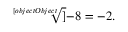
{ \sqrt [ [object Object] ] { - 8 } } = - 2 .